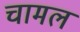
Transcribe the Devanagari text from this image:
चामल